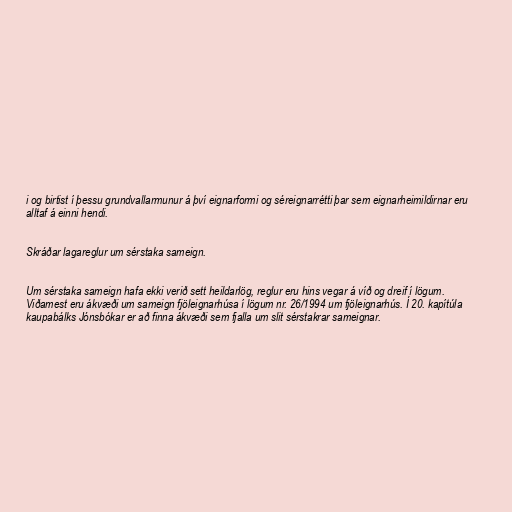
i og birtist í þessu grundvallarmunur á því eignarformi og séreignarrétti þar sem eignarheimildirnar eru
alltaf á einni hendi.

Skráðar lagareglur um sérstaka sameign.

Um sérstaka sameign hafa ekki verið sett heildarlög, reglur eru hins vegar á víð og dreif í lögum.
Viðamest eru ákvæði um sameign fjöleignarhúsa í lögum nr. 26/1994 um fjöleignarhús. Í 20. kapítúla
kaupabálks Jónsbókar er að finna ákvæði sem fjalla um slit sérstakrar sameignar.